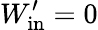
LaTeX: W_{\mathrm{in}}^{\prime}=0